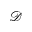
\mathcal { D }